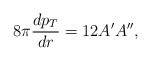
\begin{align*}8\pi {dp_T \over dr} = 12A'A'',\end{align*}